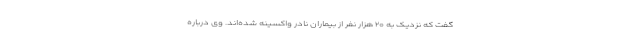
گفت که نزدیک به ۲۰ هزار نفر از بیماران نادر واکسینه شده‌اند. وی درباره